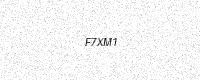
Text: F7XM1